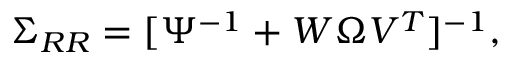
\begin{array} { r } { \Sigma _ { R R } = [ \Psi ^ { - 1 } + W \Omega V ^ { T } ] ^ { - 1 } , } \end{array}